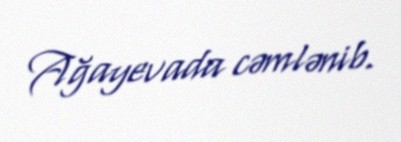
Ağayevada cəmlənib.